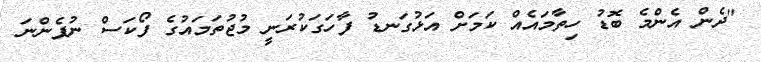
"ދެން އެންމެ ބޮޑު ހިތާމައެއް ކަމަށް އަޅުގަނޑު ފާހަގަކުރަނީ މުޖުތަމައުގެ ފޯކަސް ނުފެންނަ